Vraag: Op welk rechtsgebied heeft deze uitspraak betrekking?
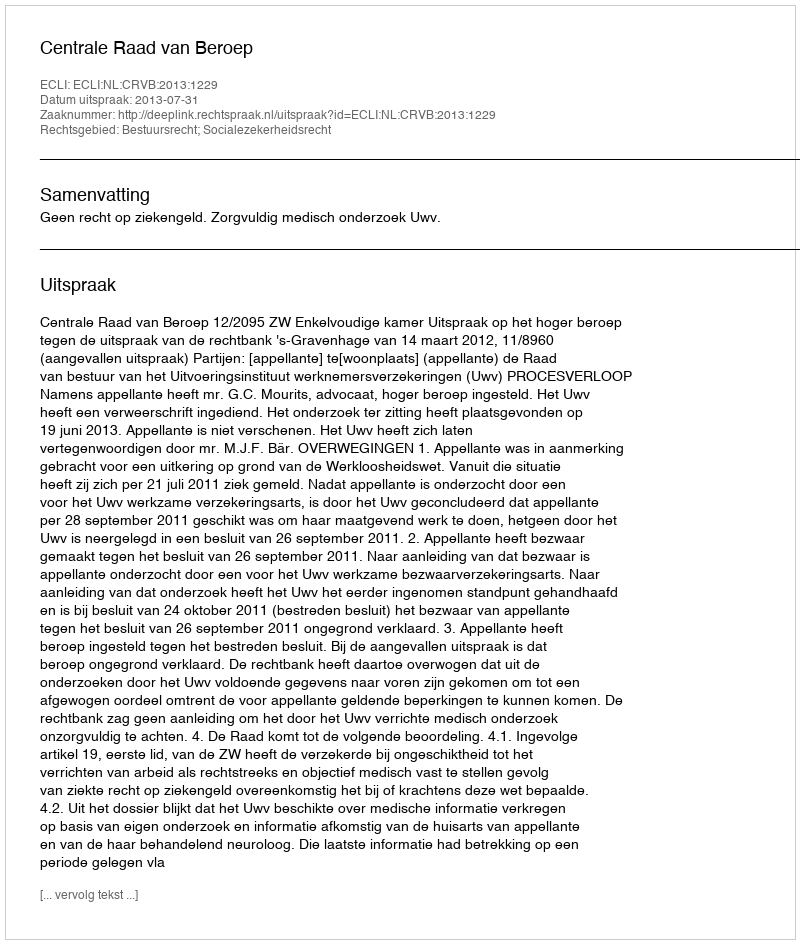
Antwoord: Bestuursrecht; Socialezekerheidsrecht